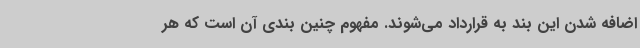
اضافه شدن این بند به قرارداد می‌شوند. مفهوم چنین بندی آن است که هر